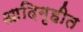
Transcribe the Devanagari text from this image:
आदिगृहीत